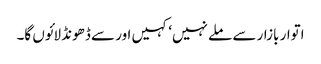
اتوار بازار سے ملے نہیں‘ کہیں اور سے ڈھونڈ لائوں گا۔